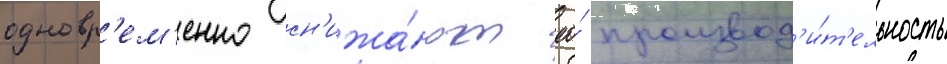
одновр'ем'енно сн'ижа́ют ео́ производ'и́т'ельность